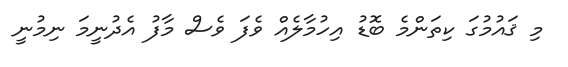
މި ޤައުމުގަ ކިތަންމެ ބޮޑު އިހުމާލެއް ވެފަ ވެސް މާފު އެދުނީމަ ނިމުނީ